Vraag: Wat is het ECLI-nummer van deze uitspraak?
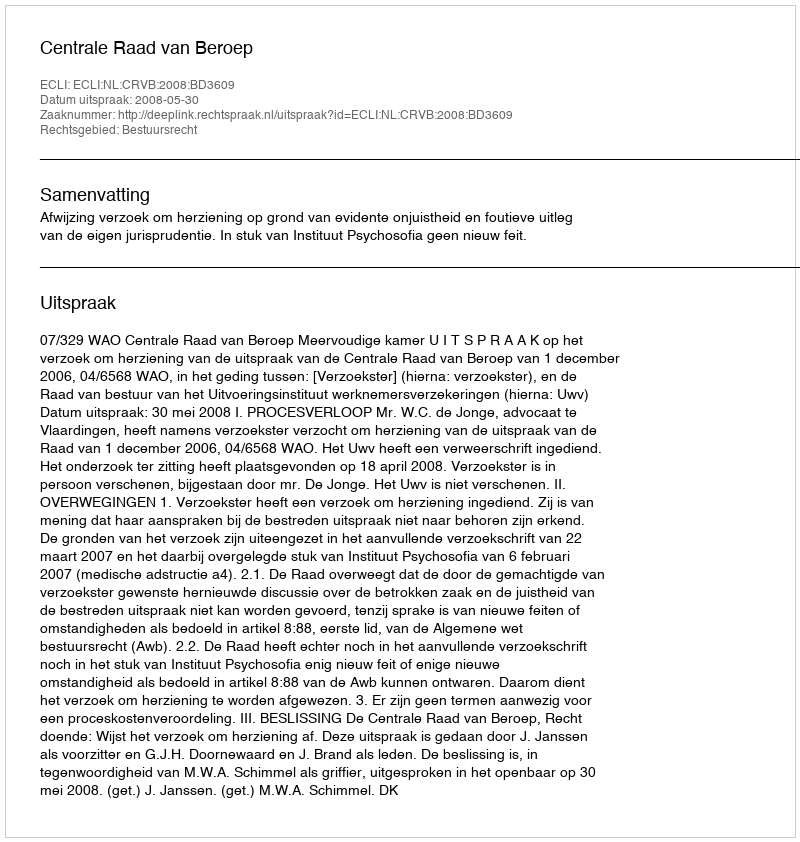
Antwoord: ECLI:NL:CRVB:2008:BD3609